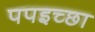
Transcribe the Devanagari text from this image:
पपइच्छा